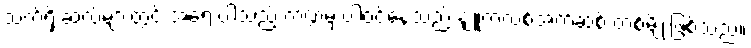
သက်ရှိ ဆဲလ်များတွင် အရေးပါသည့် ကဏ္ဍမှ ပါဝင်နေသည့် နျူကလစ်အက်ဆစ် တစ်မျိုးဖြစ်သည်။